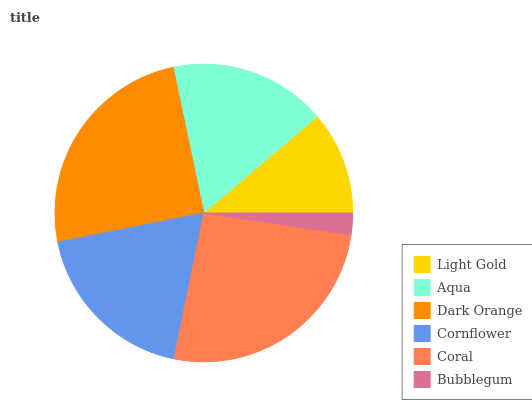
| Light Gold | Aqua | Dark Orange | Cornflower | Coral | Bubblegum |
 | --- | --- | --- | --- | --- | --- |
 | 11.3% | 17.1% | 24.9% | 18.7% | 25.8% | 2.34% |